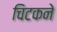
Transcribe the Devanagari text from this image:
चिटकने